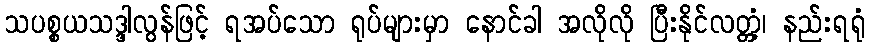
သပစ္စယသဒ္ဒါလွန်ဖြင့် ရအပ်သော ရုပ်များမှာ နောင်ခါ အလိုလို ပြီးနိုင်လတ္တံ့၊ နည်းရရုံ